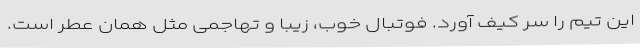
این تیم را سر کیف آورد. فوتبال خوب، زیبا و تهاجمی مثل همان عطر است.